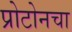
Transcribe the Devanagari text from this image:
प्रोटोनचा